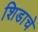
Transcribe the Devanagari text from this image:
शिडाचे